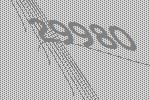
29980